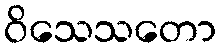
ဝိသေသတော